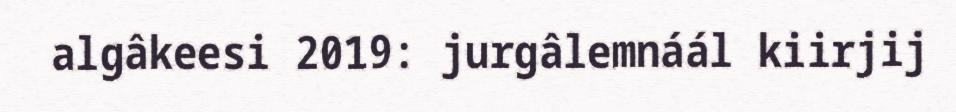
algâkeesi 2019: jurgâlemnáál kiirjij